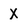
Character: X